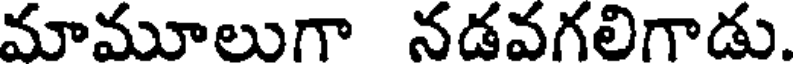
మామూలుగా నడవగలిగాడు.